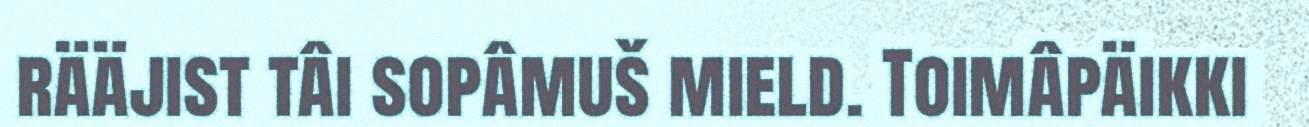
rääjist tâi sopâmuš mield. Toimâpäikki